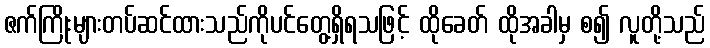
ဇက်ကြိုးများတပ်ဆင်ထားသည်ကိုပင်တွေ့ရှိရသဖြင့် ထိုခေတ် ထိုအခါမှ စ၍ လူတို့သည်